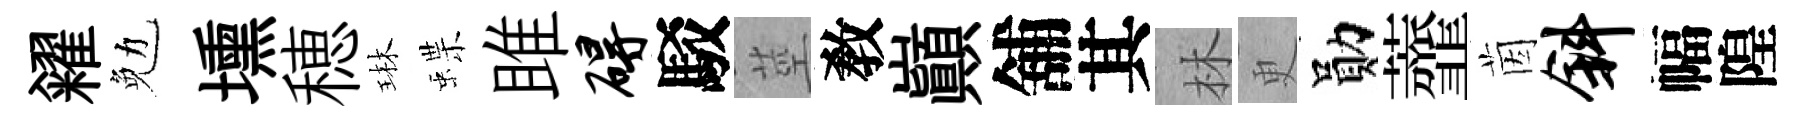
糴勉壎穂琳蝶雎碍駁莖敎巔舖其林更勛虀茵斜幅隍